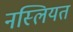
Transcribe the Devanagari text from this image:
नस्लियत